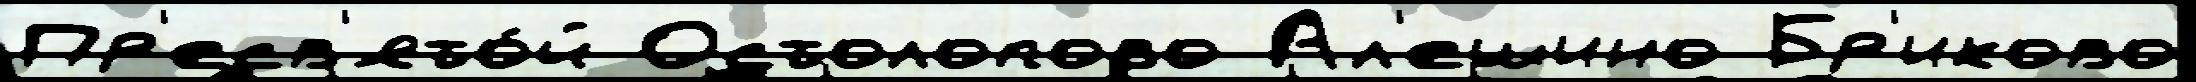
Пр'есв'ято́й Остолопово Ал'ешино Бр'иково